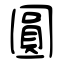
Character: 圓